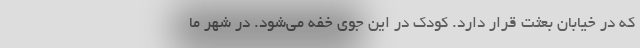
که در خیابان بعثت قرار دارد. کودک در این جوی خفه می‌شود. در شهر ما